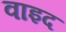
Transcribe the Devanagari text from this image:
वाइद